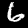
Digit: 6